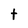
Character: t